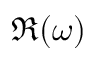
\Re ( \omega )